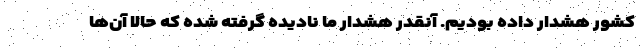
کشور هشدار داده بودیم. آنقدر هشدار ما نادیده گرفته شده که حالا آن‌ها